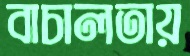
বাচালতায়